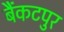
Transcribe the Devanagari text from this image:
बैंकटपुर